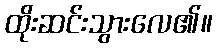
ထိုးဆင်းသွားလေ၏။